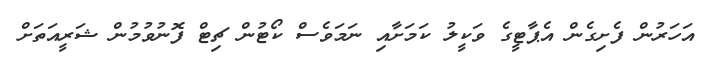
އަހަރުން ފެށިގެން އެޕާޓީގެ ވަކީލު ކަމަށާއި ނަަމަވެސް ކޯޓުން ޗިޓް ފޮނުވުމުން ޝަރީއަތަށް